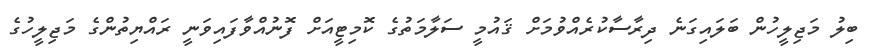
ބިލު މަޖިލީހުން ބަލައިގަނެ ދިރާސާކުރެއްވުމަށް ޤައުމީ ސަލާމަތުގެ ކޮމިޓީއަށް ފޮނުއްވާފައިވަނީ ރައްޔިތުންގެ މަޖިލީހުގެ